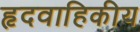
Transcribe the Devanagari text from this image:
हृदवाहिकीय